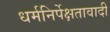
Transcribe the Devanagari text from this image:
धर्मनिर्पेक्षतावादी